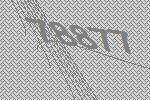
78877